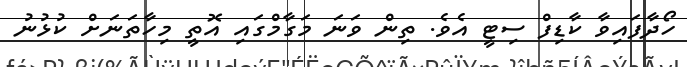
ހޯދާފައިވާ ކާޑިފް ސިޓީ އެވެ. ތިން ވަނަ މަގާމްގައި އޮތީ މިހާތަނަށް ކުޅުނު